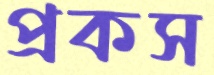
প্রকস